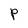
Character: P